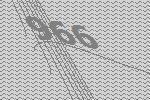
966